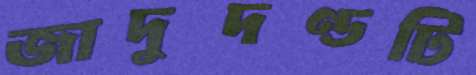
জাদুদণ্ডটি